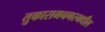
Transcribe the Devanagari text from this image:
तुकारामनगरमधील